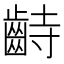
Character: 𪗺